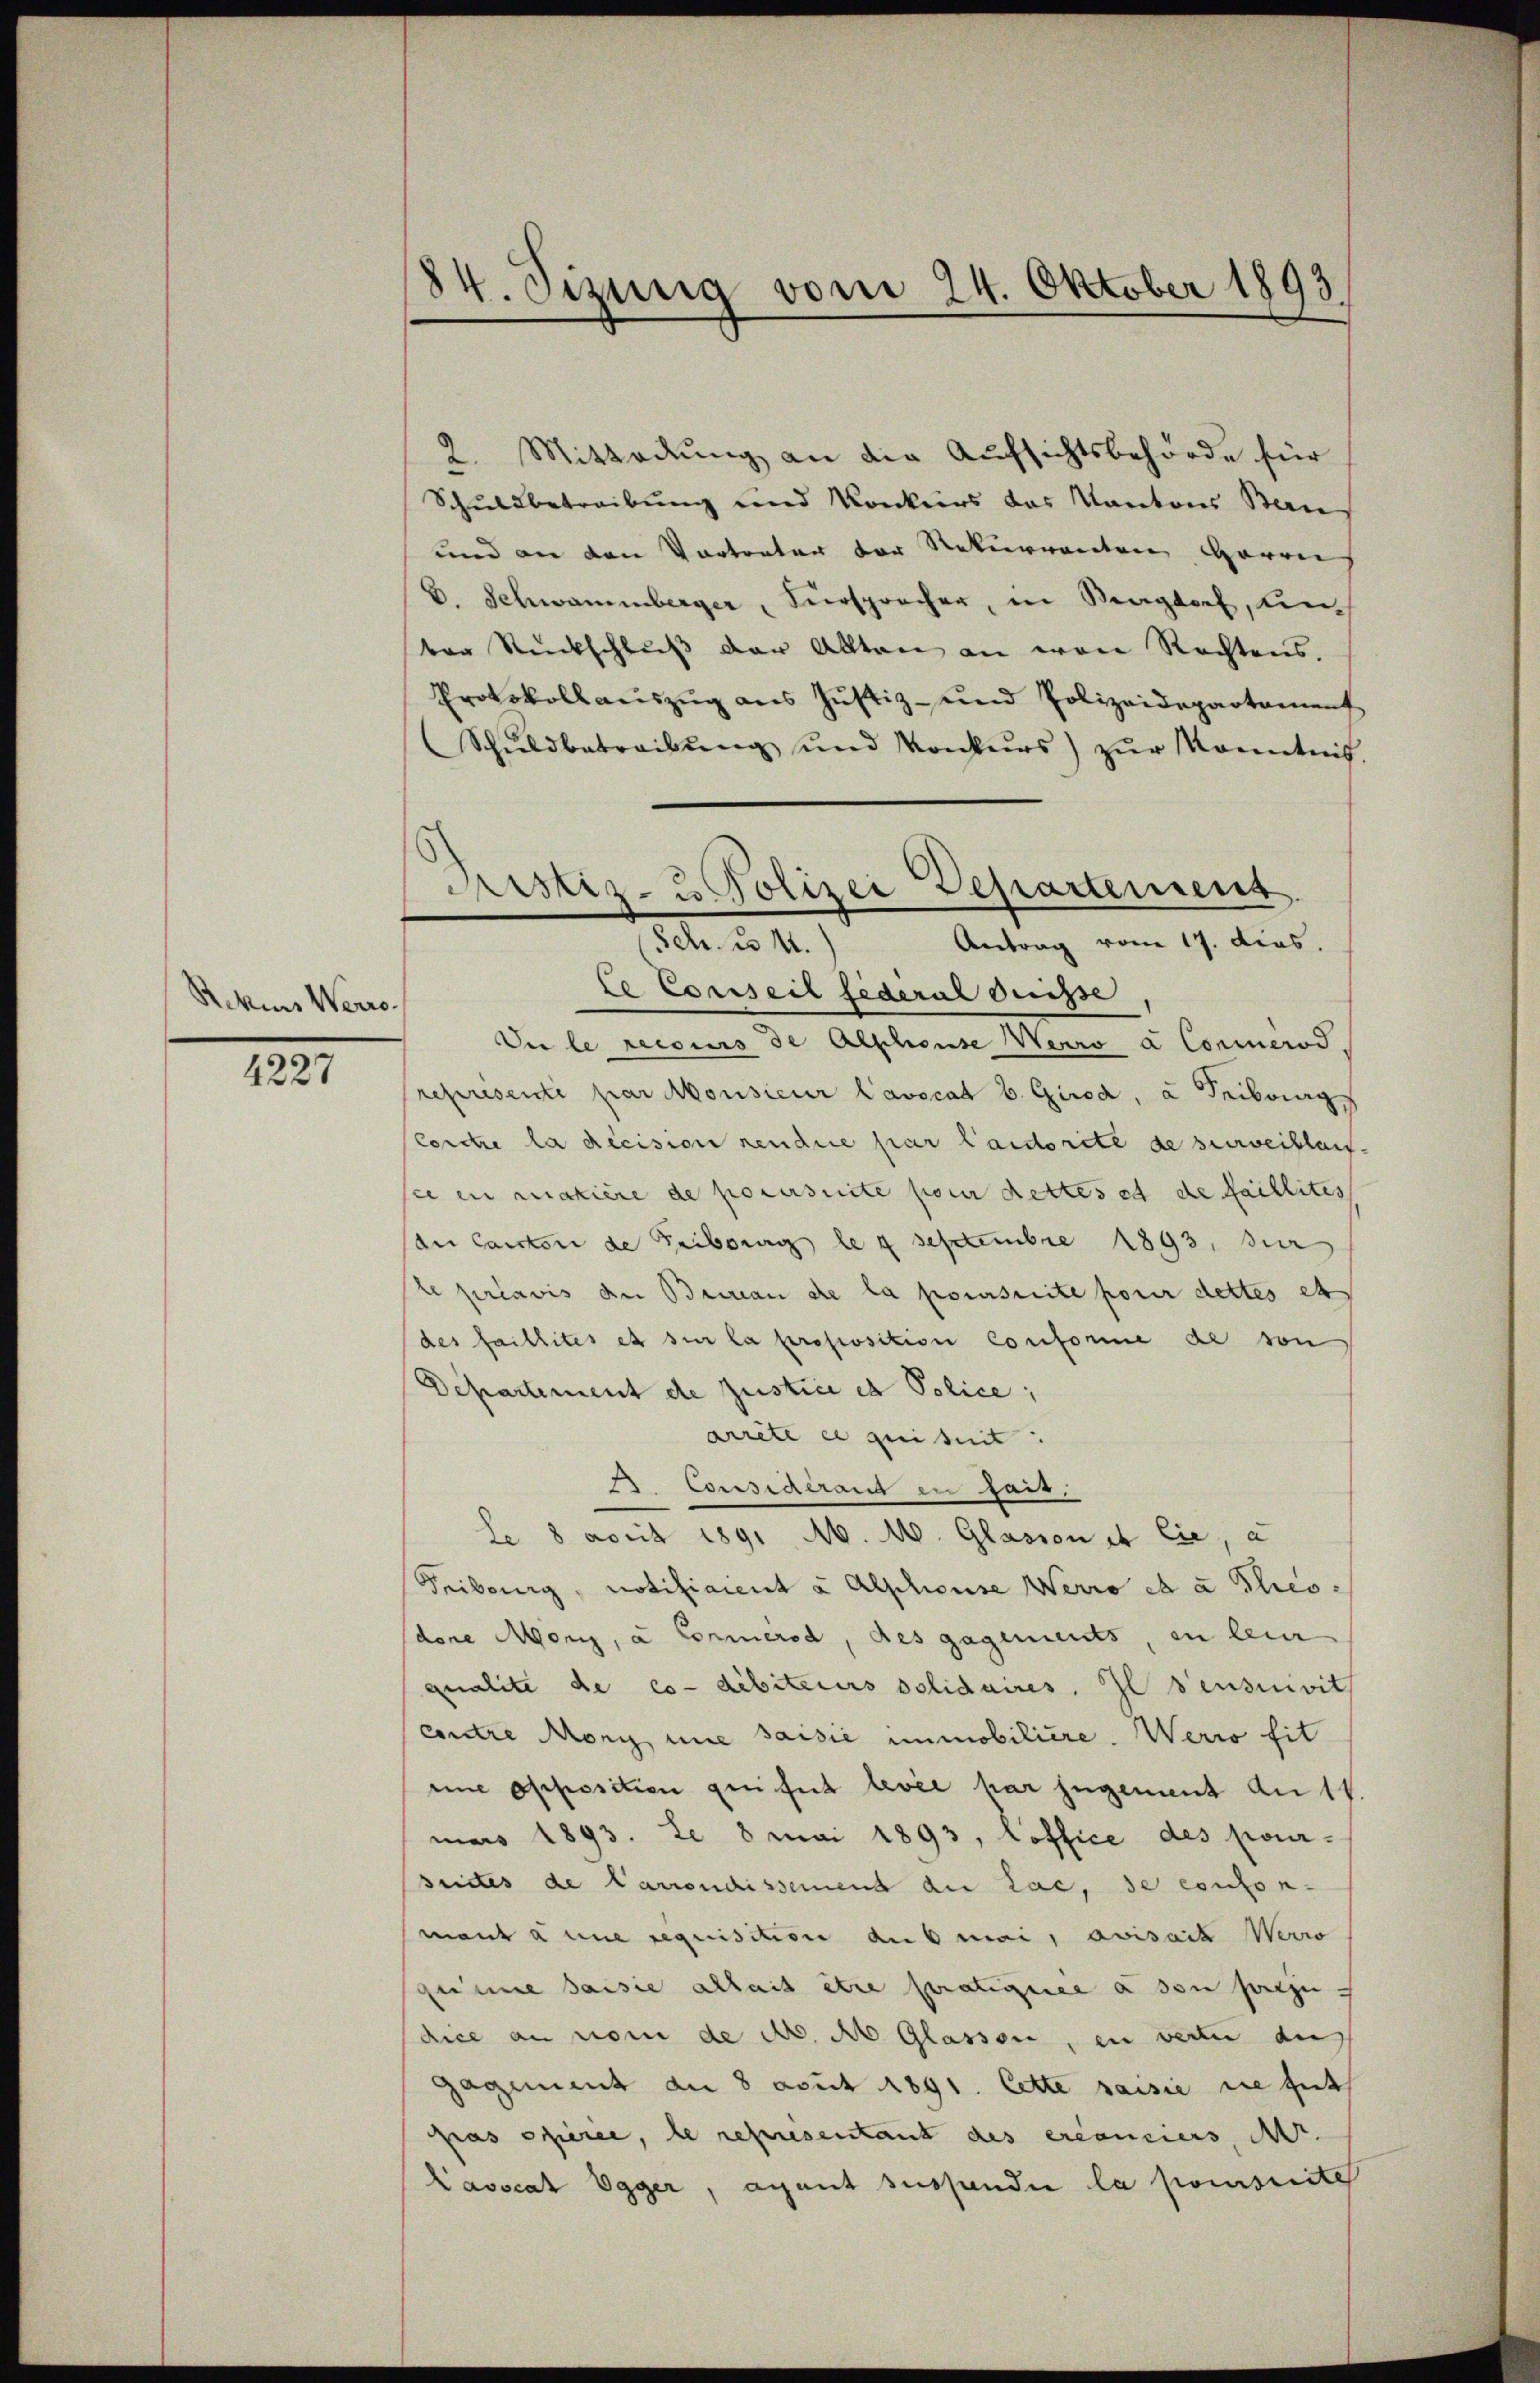
Ackers Werro

4227

84. Jizung vom 24. Oktober 1893

Ristiz- u Polizei Departement.
Antrag vom 17. dies
50. d. 14.

2. Mittadung an die Aufsichtsbehörde für
Schuldbetreibung und Konkurs das Kantons Ben
und an den Vortreter der Rekurrenten Herrn
b. Schwammberger, Verspracher, in Sagdorf, Kirch
ber Rückschlŭβ der Alten an von Rechtens.
Protokollaŭszŭg ans Jŭstiz- und Polizeidepartament
Schŭldbetreibŭng ŭnd Konkŭrs) zŭr Kenntnis.
le Conseil federal Suisse
Die le recours de Abschense Werro a Concerod.
represente par Monsieur l’avocat b. Girod, u Tribung
Cordre la décision rendre par lautorité de surveillais.
sie ein makiere de poursuite pour dettes et de faillites
der Canton de Fribourg le 4 Septembre 1893, dur
le préavis der Bureau de la poursuite pour dettes et
des faillites es sur la proposition Conforme de son
Departement de Zustice et Police;
arrete es geiseit
23. Considérant in fait.
le 8 April 1891 M. M. Glasion et lie, a
Fribourg, notificient à Alphouse Werro et a Theo-
dere Mori, à Conmerod, des gagements, in lein
qualite de co-dibiteurs solidaires. Il densnivit
contre Mony une saisie immobiliere. Werio sit
eine opposition greifel levée par jugement an 14.
mars 1893. Le 8 mai 1893, loffice des pour-
suites de Carrondissemend du Lac, de contonmant à une requisitione ausmai, avisait Werro
geune saisie allais être stratique à son setze
dice an vom de No. No Glassen, in vertu du
gagement an 8 avut 1891. Cette saisie sie heit
Pras oriere, le representant des créanciers, Ar
Lavscat Egger, ayant suspendie la pomsuite